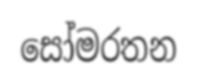
සෝමරතන